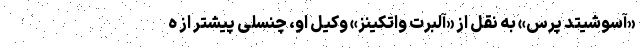
«آسوشیتد پرس» به نقل از «آلبرت واتکینز» وکیل او، چنسلی پیشتر از ه